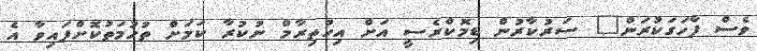
ވެސް ފާހަގަކުރަން" ސަރުކާރުން ޑިމޮކްރެސީ އަށް އިހުތިރާމް ނުކުރާ ކަމަށް ތުހުމަތުކޮށްފައިވާ އެ